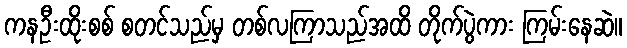
ကနဦးထိုးစစ် စတင်သည်မှ တစ်လကြာသည်အထိ တိုက်ပွဲကား ကြမ်းနေဆဲ။